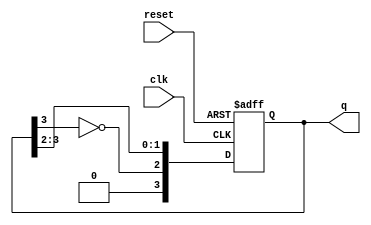
module johnson_counter #(
    parameter N = 4  // Number of flip-flops
)(
    input wire clk,      // Clock input
    input wire reset,    // Asynchronous reset
    output reg [N-1:0] q // Counter output
);

// Always block for the Johnson counter operation
always @(posedge clk or posedge reset) begin
    if (reset) begin
        q <= 0;  // Initialize the counter to 0 on reset
    end else begin
        q <= {~q[N-1], q[N-1:N-2]}; // Shift and invert the last output
    end
end

endmodule